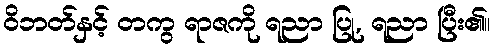
ဝိဘတ်နှင့် တကွ ရာဇကို ရညာ ပြု, ရညာ ပြီး၏။